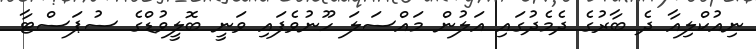
ނިއުކްލިއާ ދެ ބާރުގެ ދެމެދުގައި އަލުން މައްސަލަ ހޫނުވެފައި ވަނީ ބޮލީވުޑްގެ ސުޕަސްޓާ